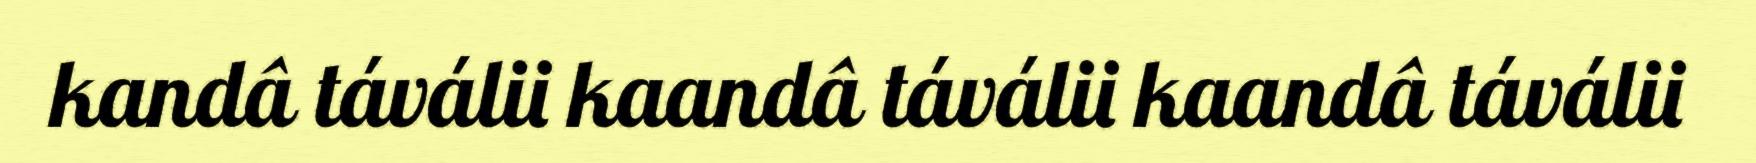
kandâ táválii kaandâ táválii kaandâ táválii